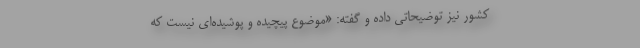
کشور نیز توضیحاتی داده و گفته: «موضوع پیچیده و پوشیده‌ای نیست که